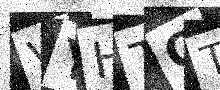
Text: VYHTQT